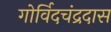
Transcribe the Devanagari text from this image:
गोर्विदचंद्रदास